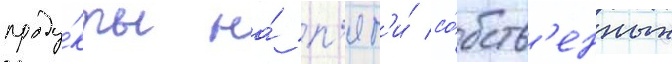
проду́кты на́ п'ят'и́ со́бств'енных